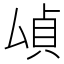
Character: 𫨫